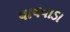
લાલવાડા